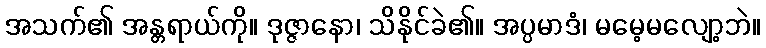
အသက်၏ အန္တရာယ်ကို။ ဒုဇ္ဇာနော၊ သိနိုင်ခဲ၏။ အပ္ပမာဒံ၊ မမေ့မလျော့ဘဲ။